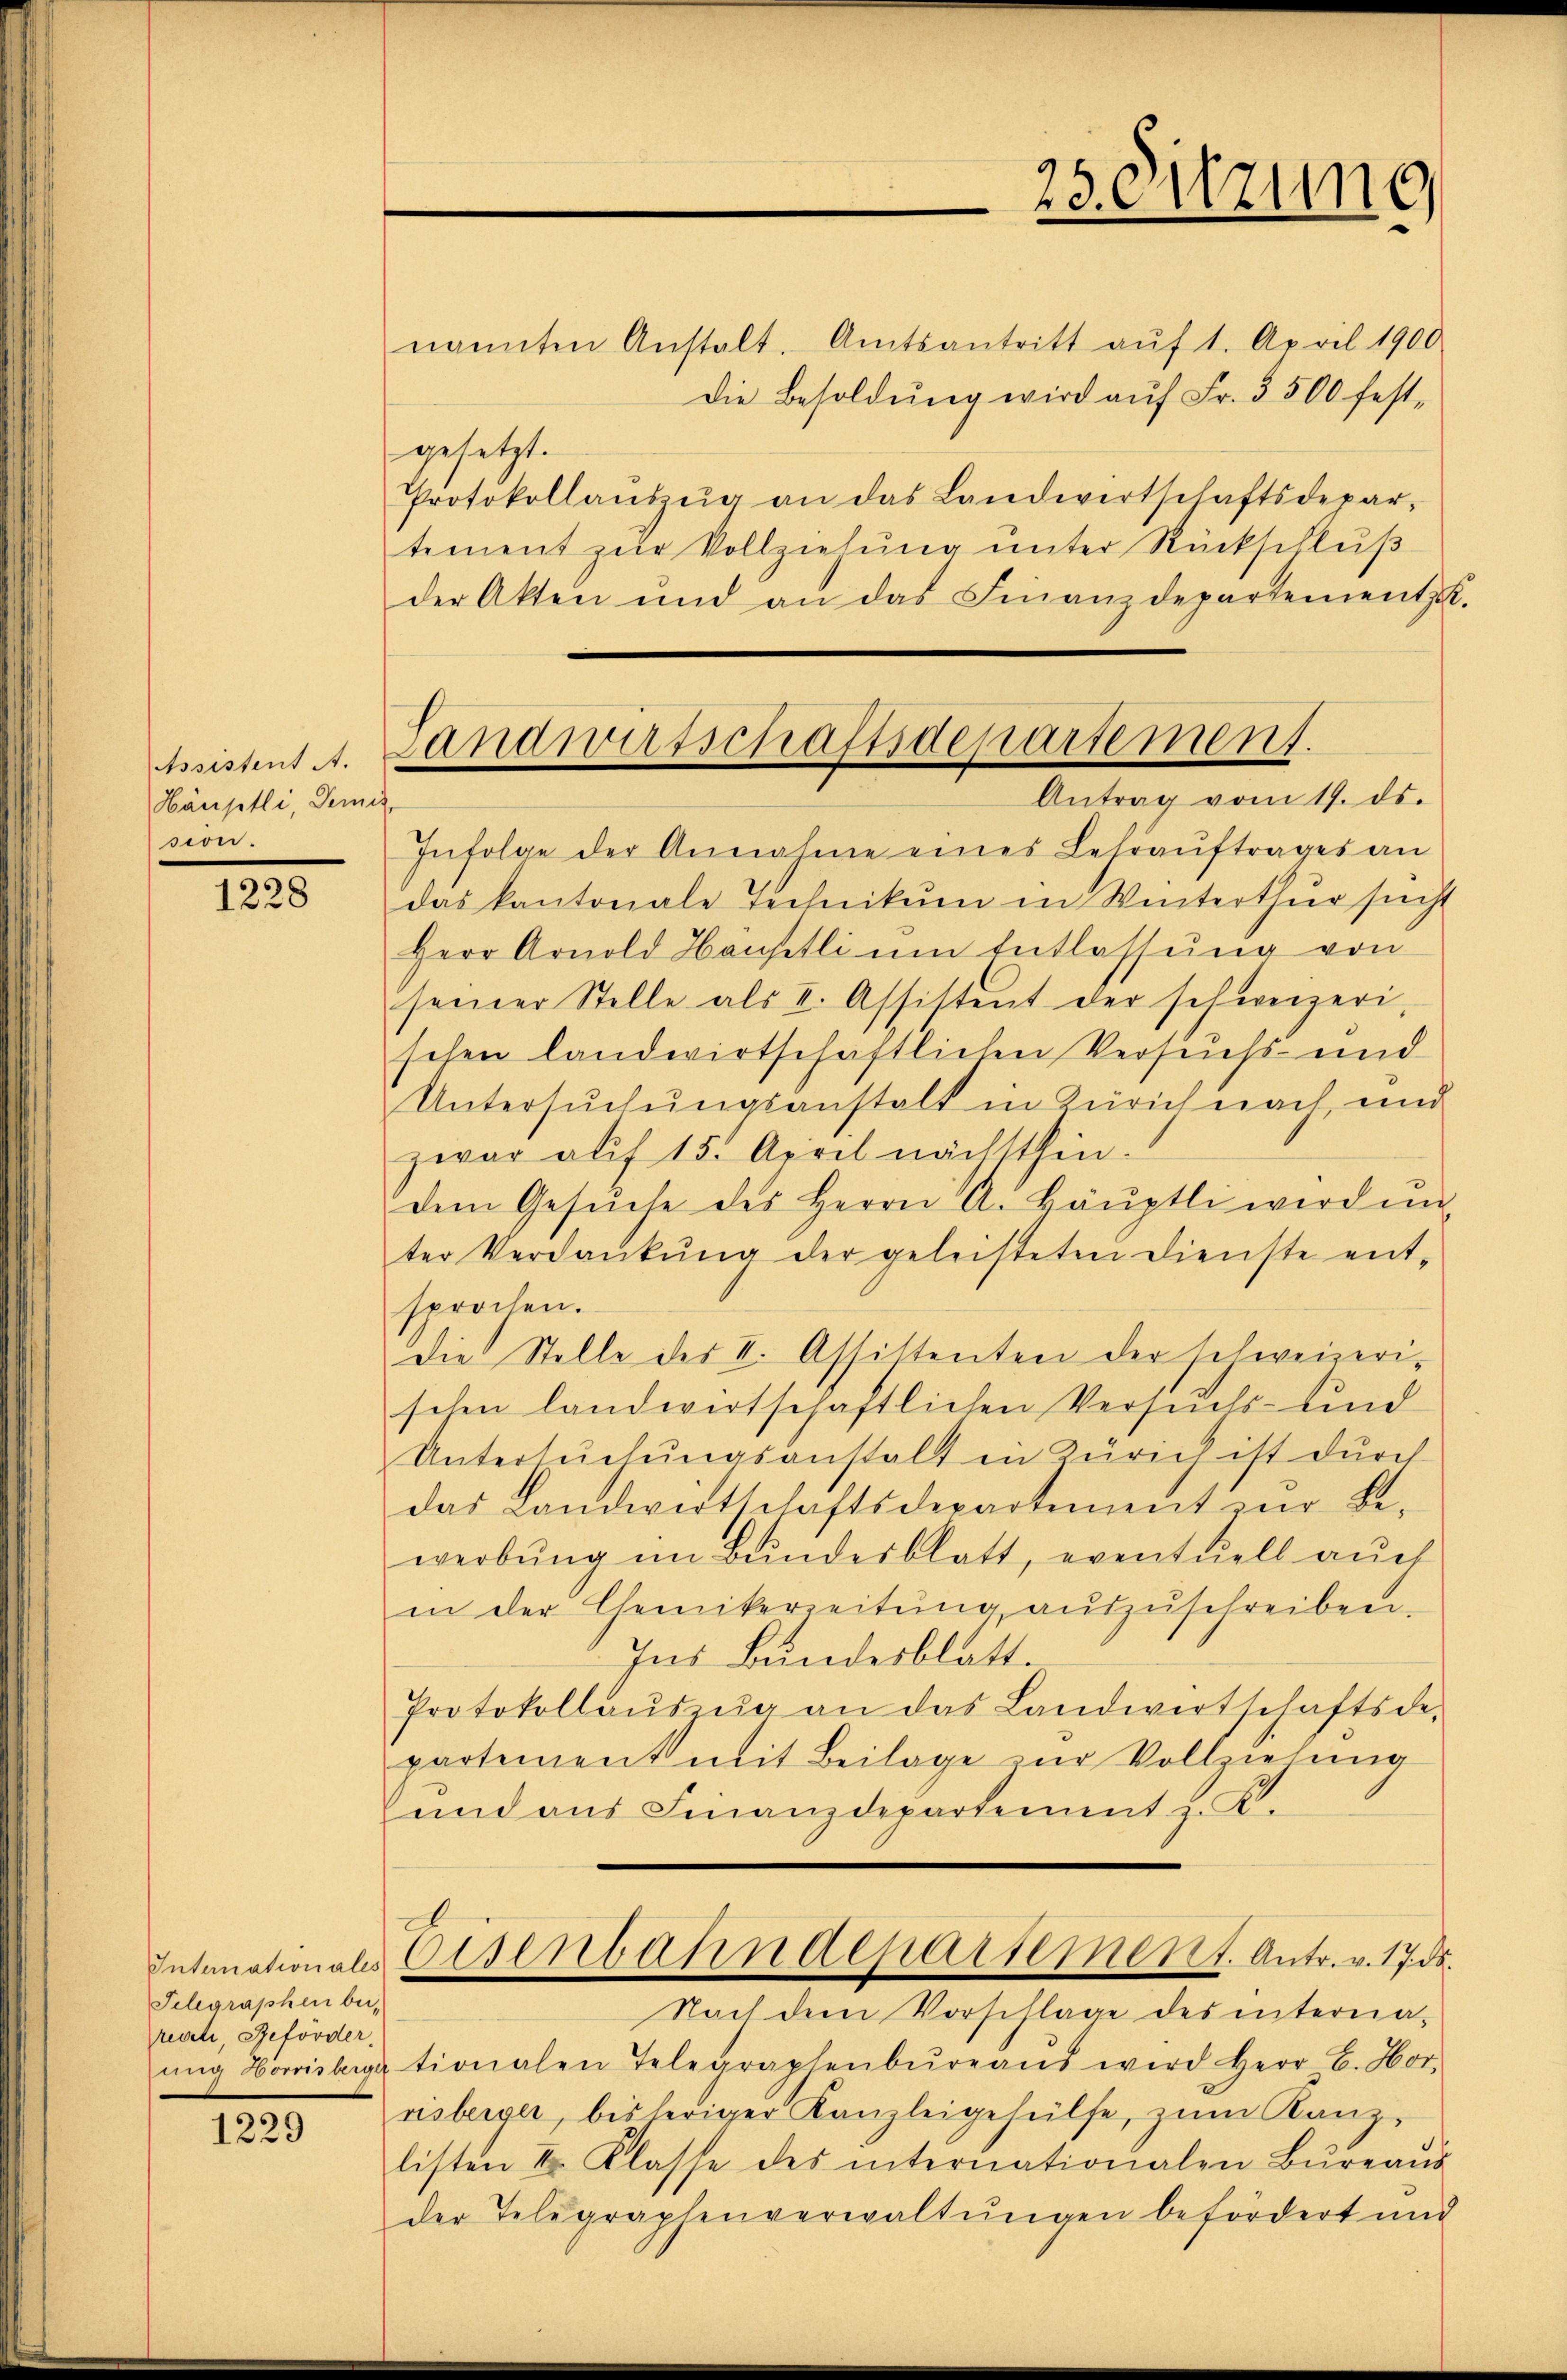
Assistent A.
Häuptli, Demis
sion.

1228

Telegraphen bei,
receli, Beförder
ung Hörrisberga

1229

nannten Anstalt. Amtsantritt aŭf 1. April 1900
Die Besoldŭng wird aŭf Fr. 3500 fest-
gesetzt.
Protokollanszŭg an das Landwirtschaftsdepar-
tement zur Vollziehung unter Rückschluß
der Akten und an das Finanzdepartement.
Infolge der Annahme eines Lehraŭftrages an
das kantonale Technikum in Winterthur sucht
Herr Arnold Häusetli um Entlassung von
seiner Stelle als I. Assistent der schweizerischen landwirtschaftlichen Versuchs- und
Untersuchungsanstalt in Zürich nach und
zwar auf 15. April nächsthin-
dem Gesŭche des Herrn A. Häuptli wird ŭn
ter Verdankŭng der geleisteten Dienste ent-
sprochen.
die Stelle des II. Assistenten der schweizerischen landwirtschaftlichen Versuchs- und
Untersŭchŭngsanstalt in Zürich ist durch
das Landwirtschaftsdepartement zur Be-
werbŭng im Bŭndesblatt, eventuell auch
in der Chemikerzeitŭng aŭszŭschreiben.
Ins Bundesblatt.
Protokollaŭszŭg an das Landwirtschaftsde-
partement mit Beilage zur Vollziehung
und aus Finanzdepartement z. K.
d
Intimationals Eisenbahndepartement. Antr. v. 17. ds.
Nach dem Vorschlage des internationalen Telegraphenbüreaŭs wird Herr B. Hor-
risberger, bisheriger Kanzleigehülfe, zum Kanzlisten I. Klasse des internationalen Bŭreaŭs
der Telegraphenverwaltŭngen befördert und

23. Sitzung

Landwirtschaftsdepartement.
Antrag vom 19. ds.